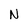
Character: N